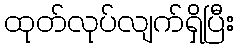
ထုတ်လုပ်လျက်ရှိပြီး